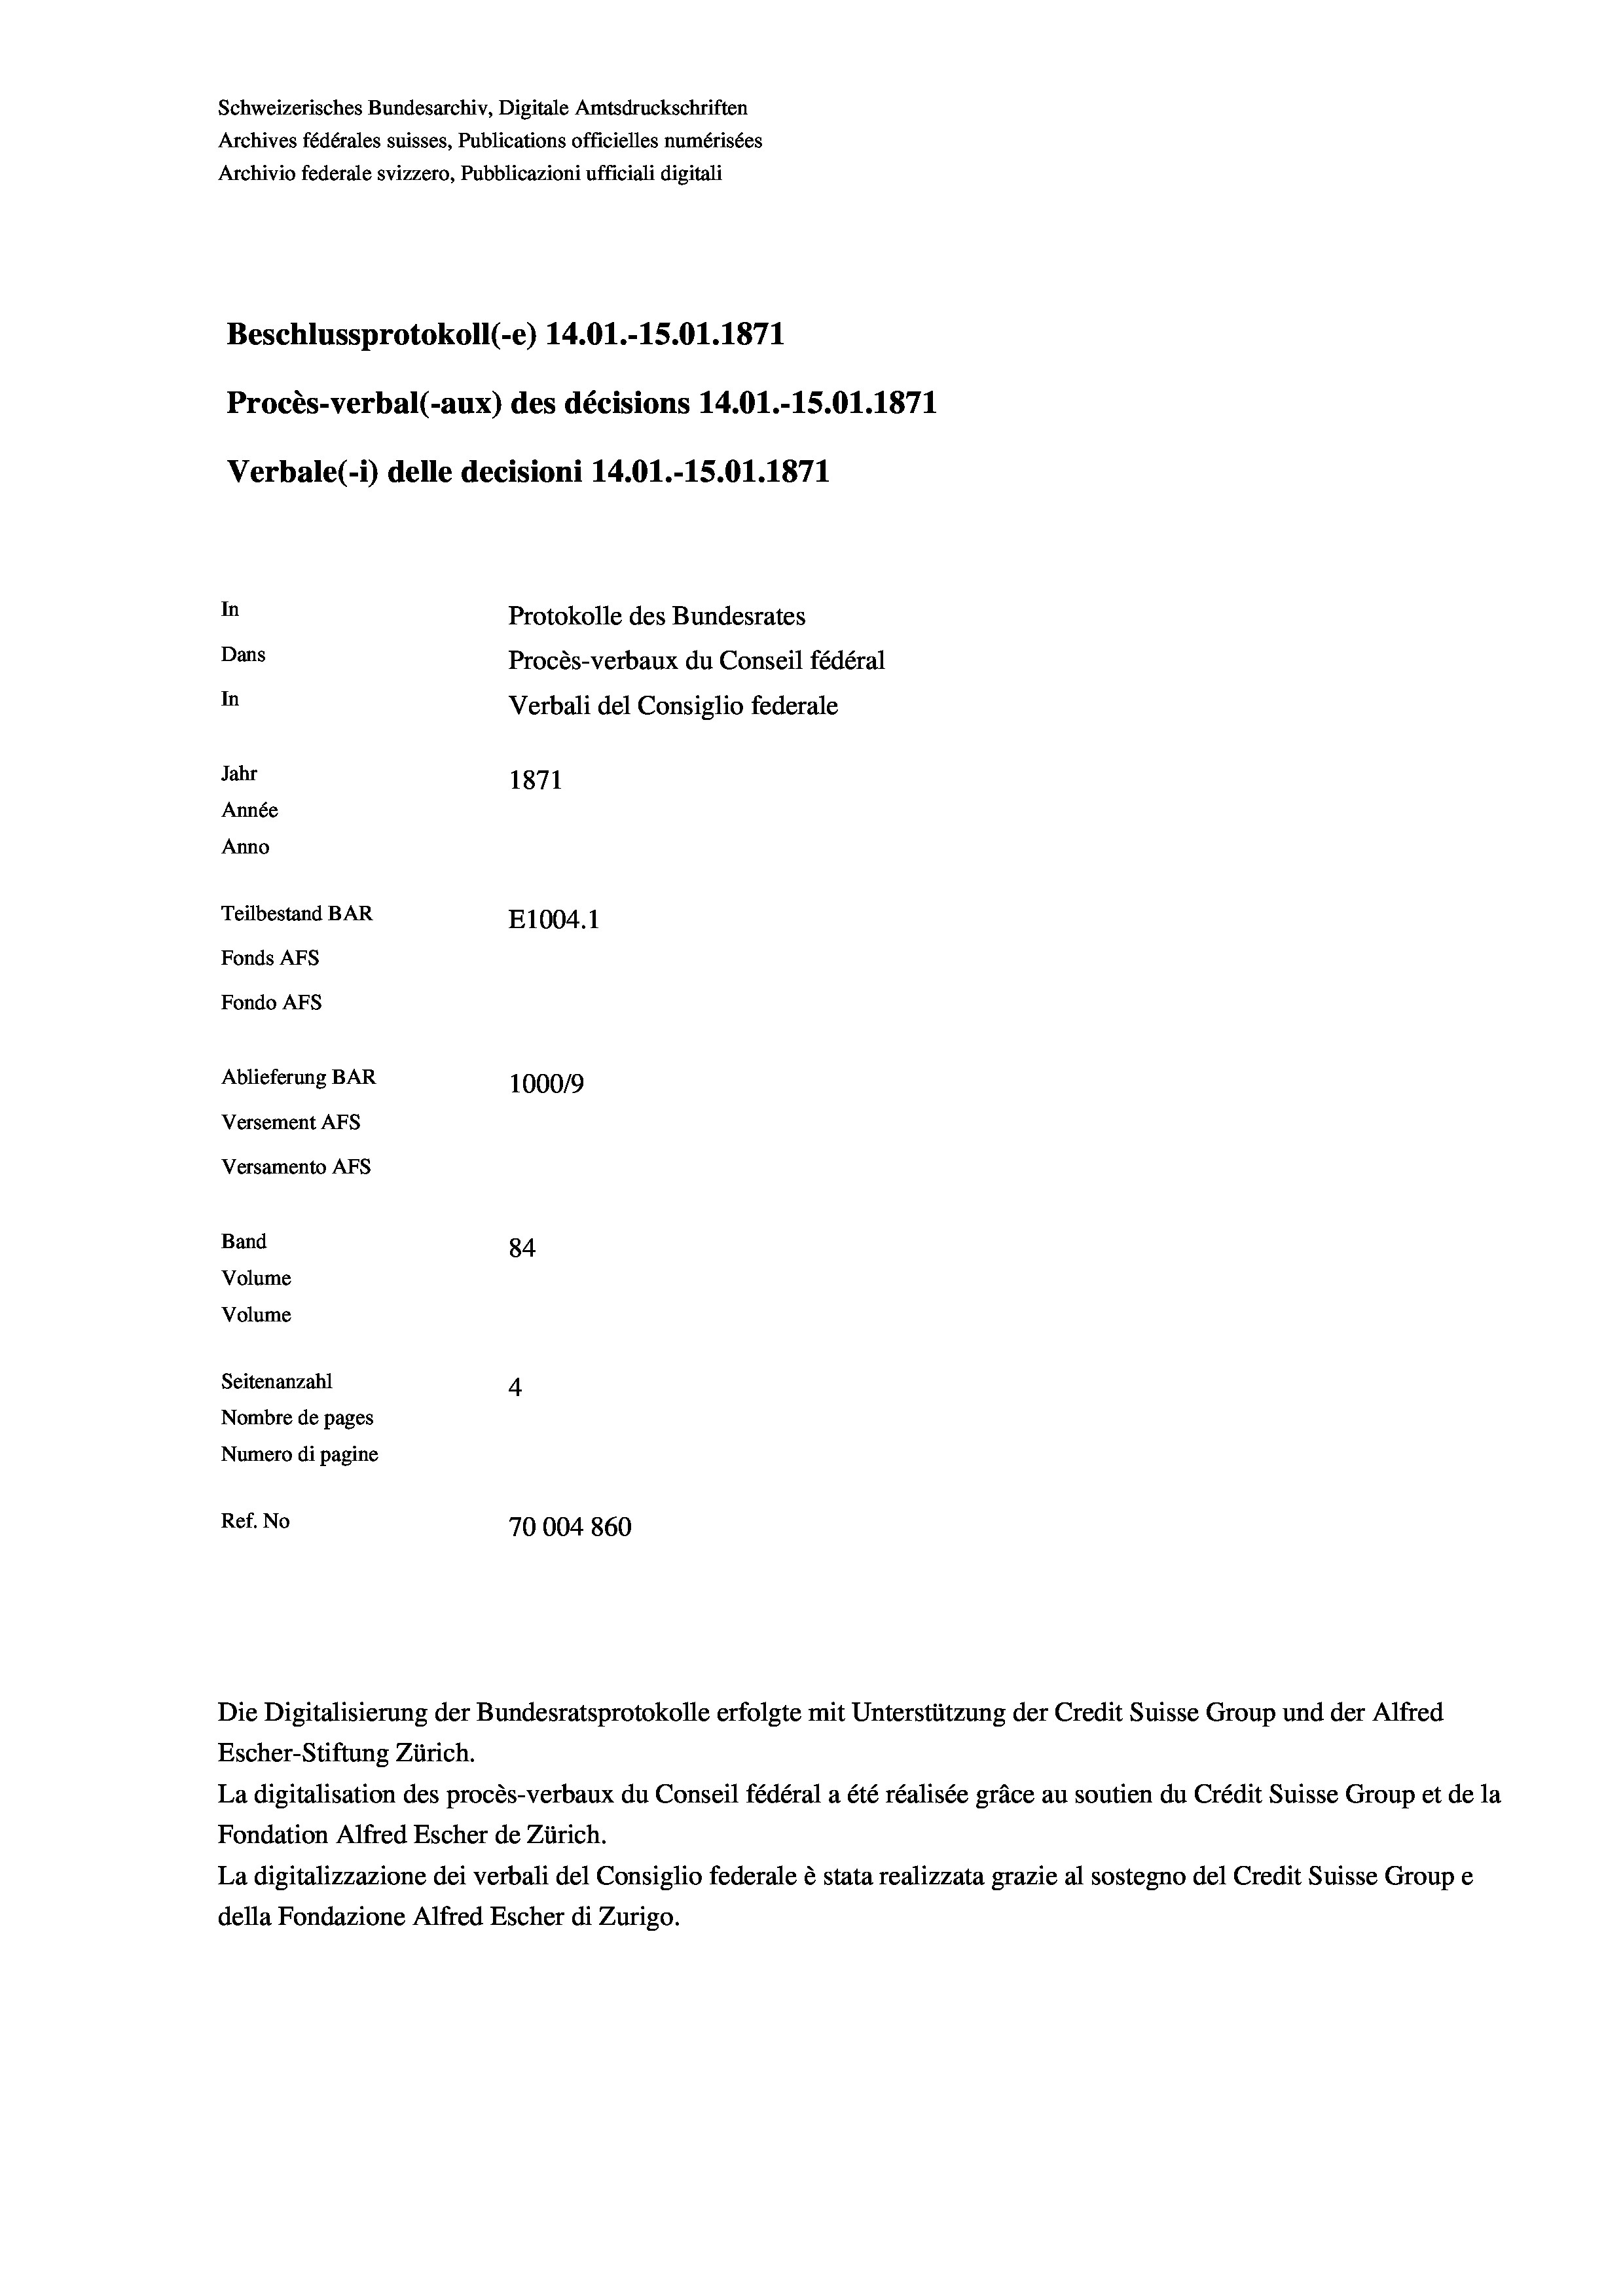
Schweizerisches Bundesarchiv, Digitale Amtsdruckschriften
Archives fédérales suisses, Publications officielles numérisées
Archivio federale svizzero, Pubblicazioni ufficiali digitali
Beschlussprotokoll (-e) 14.01.-15.01. 1871
Procès-verbal (-aux) des décisions 14.01.-15.01. 1871
Verbale(-*) delle decisioni 14.01.-15.01. 1871
In
Protokolle des Bundesrates
Dans
Procès-verbaux du Conseil fédéral
In
Verbali del Consiglio federale
Jahr
1871
Année
Anno
Teilbestand BAR
E1004. 1
Fonds AFs
Fondo AFS
Ablieferung BAR
100019
Versement AFs
Versamento AFs
Band
84
Volume
Volume
Seitenanzahl
4
Nombre de pages
Numero di pagine
Ref. No
70004860

Escher-Stiftung Zürich.
La digitalisation des procès-verbaux du Conseil fédéral a été réalisée gräce au soutien du Crédit Suisse Group et de la
Fondation Alfred Escher de Zürich.
La digitalizzazione dei verbali del Consiglio federale è stata realizzata grazie al sostegno del Credit Suisse Groupe
della Fondazione Alfred Escher di Zurigo.

Die Digitalisierung der Bundesratsprotokolle erfolgte mit Unterstützung der Credit Suisse Group und der Alfred